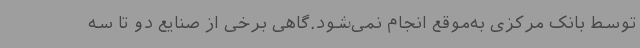
توسط بانک مرکزی به‌موقع انجام نمی‌شود.گاهی برخی از صنایع دو تا سه